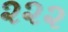
૨૨૨